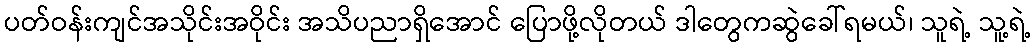
ပတ်ဝန်းကျင်အသိုင်းအဝိုင်း အသိပညာရှိအောင် ပြောဖို့လိုတယ် ဒါတွေကဆွဲခေါ်ရမယ်၊ သူရဲ့ သူ့ရဲ့